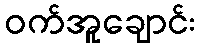
ဝက်အူချောင်း